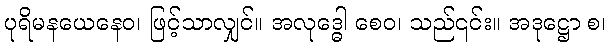
ပုရိမနယေနေဝ၊ ဖြင့်သာလျှင်။ အလုဒ္ဓေါ စေဝ၊ သည်၎င်း။ အဒုဋ္ဌော စ၊